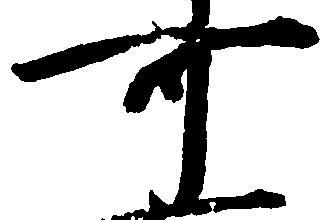
可